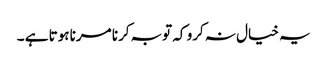
یہ خیال نہ کرو کہ توبہ کرنا مرنا ہوتا ہے ۔